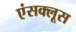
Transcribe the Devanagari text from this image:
एंसक्लूस